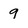
Character: 9